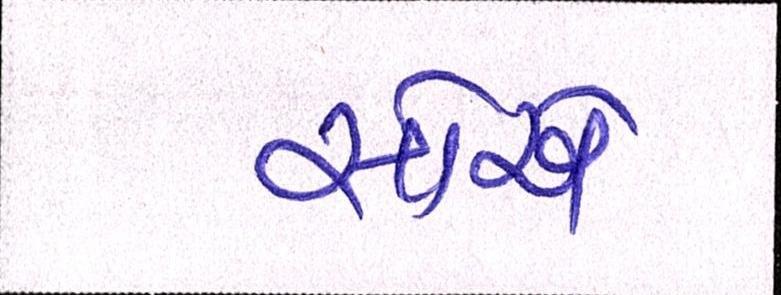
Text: સોએ